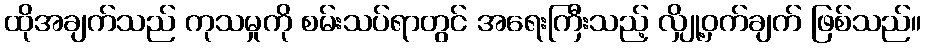
ထိုအချက်သည် ကုသမှုကို စမ်းသပ်ရာတွင် အရေးကြီးသည့် လျှို့ဝှက်ချက် ဖြစ်သည်။